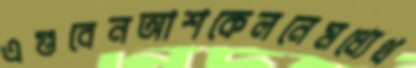
এগুবেনআশকেলনেমধ্যেথ